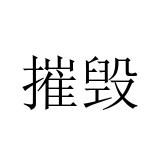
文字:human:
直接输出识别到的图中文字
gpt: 摧毁